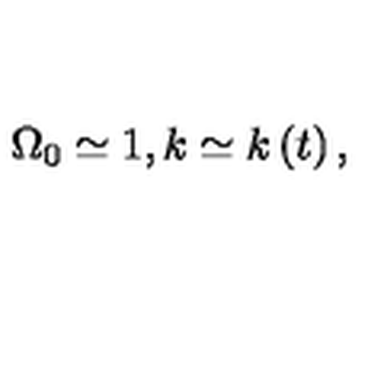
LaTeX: \Omega _ { 0 } \simeq 1 , k \simeq k \left( t \right) ,